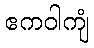
ဧကဝါကျံ